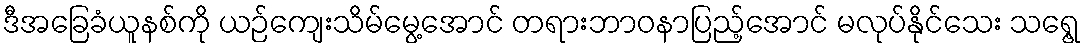
ဒီအခြေခံယူနစ်ကို ယဉ်ကျေးသိမ်မွေ့အောင် တရားဘာဝနာပြည့်အောင် မလုပ်နိုင်သေး သရွေ့